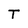
Character: T